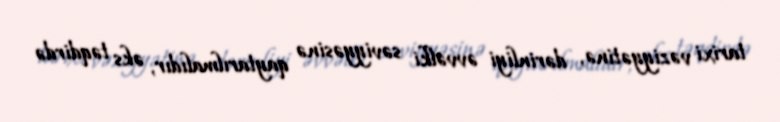
tarixi vəziyyətinə, dərinliyi əvvəlki səviyyəsinə qaytarılmalıdır, əks təqdirdə